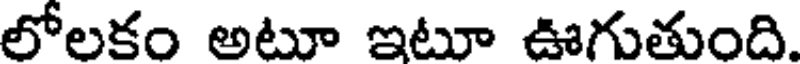
లోలకం అటూ ఇటూ ఊగుతుంది.